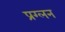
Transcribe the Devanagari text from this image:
प्रग्लन